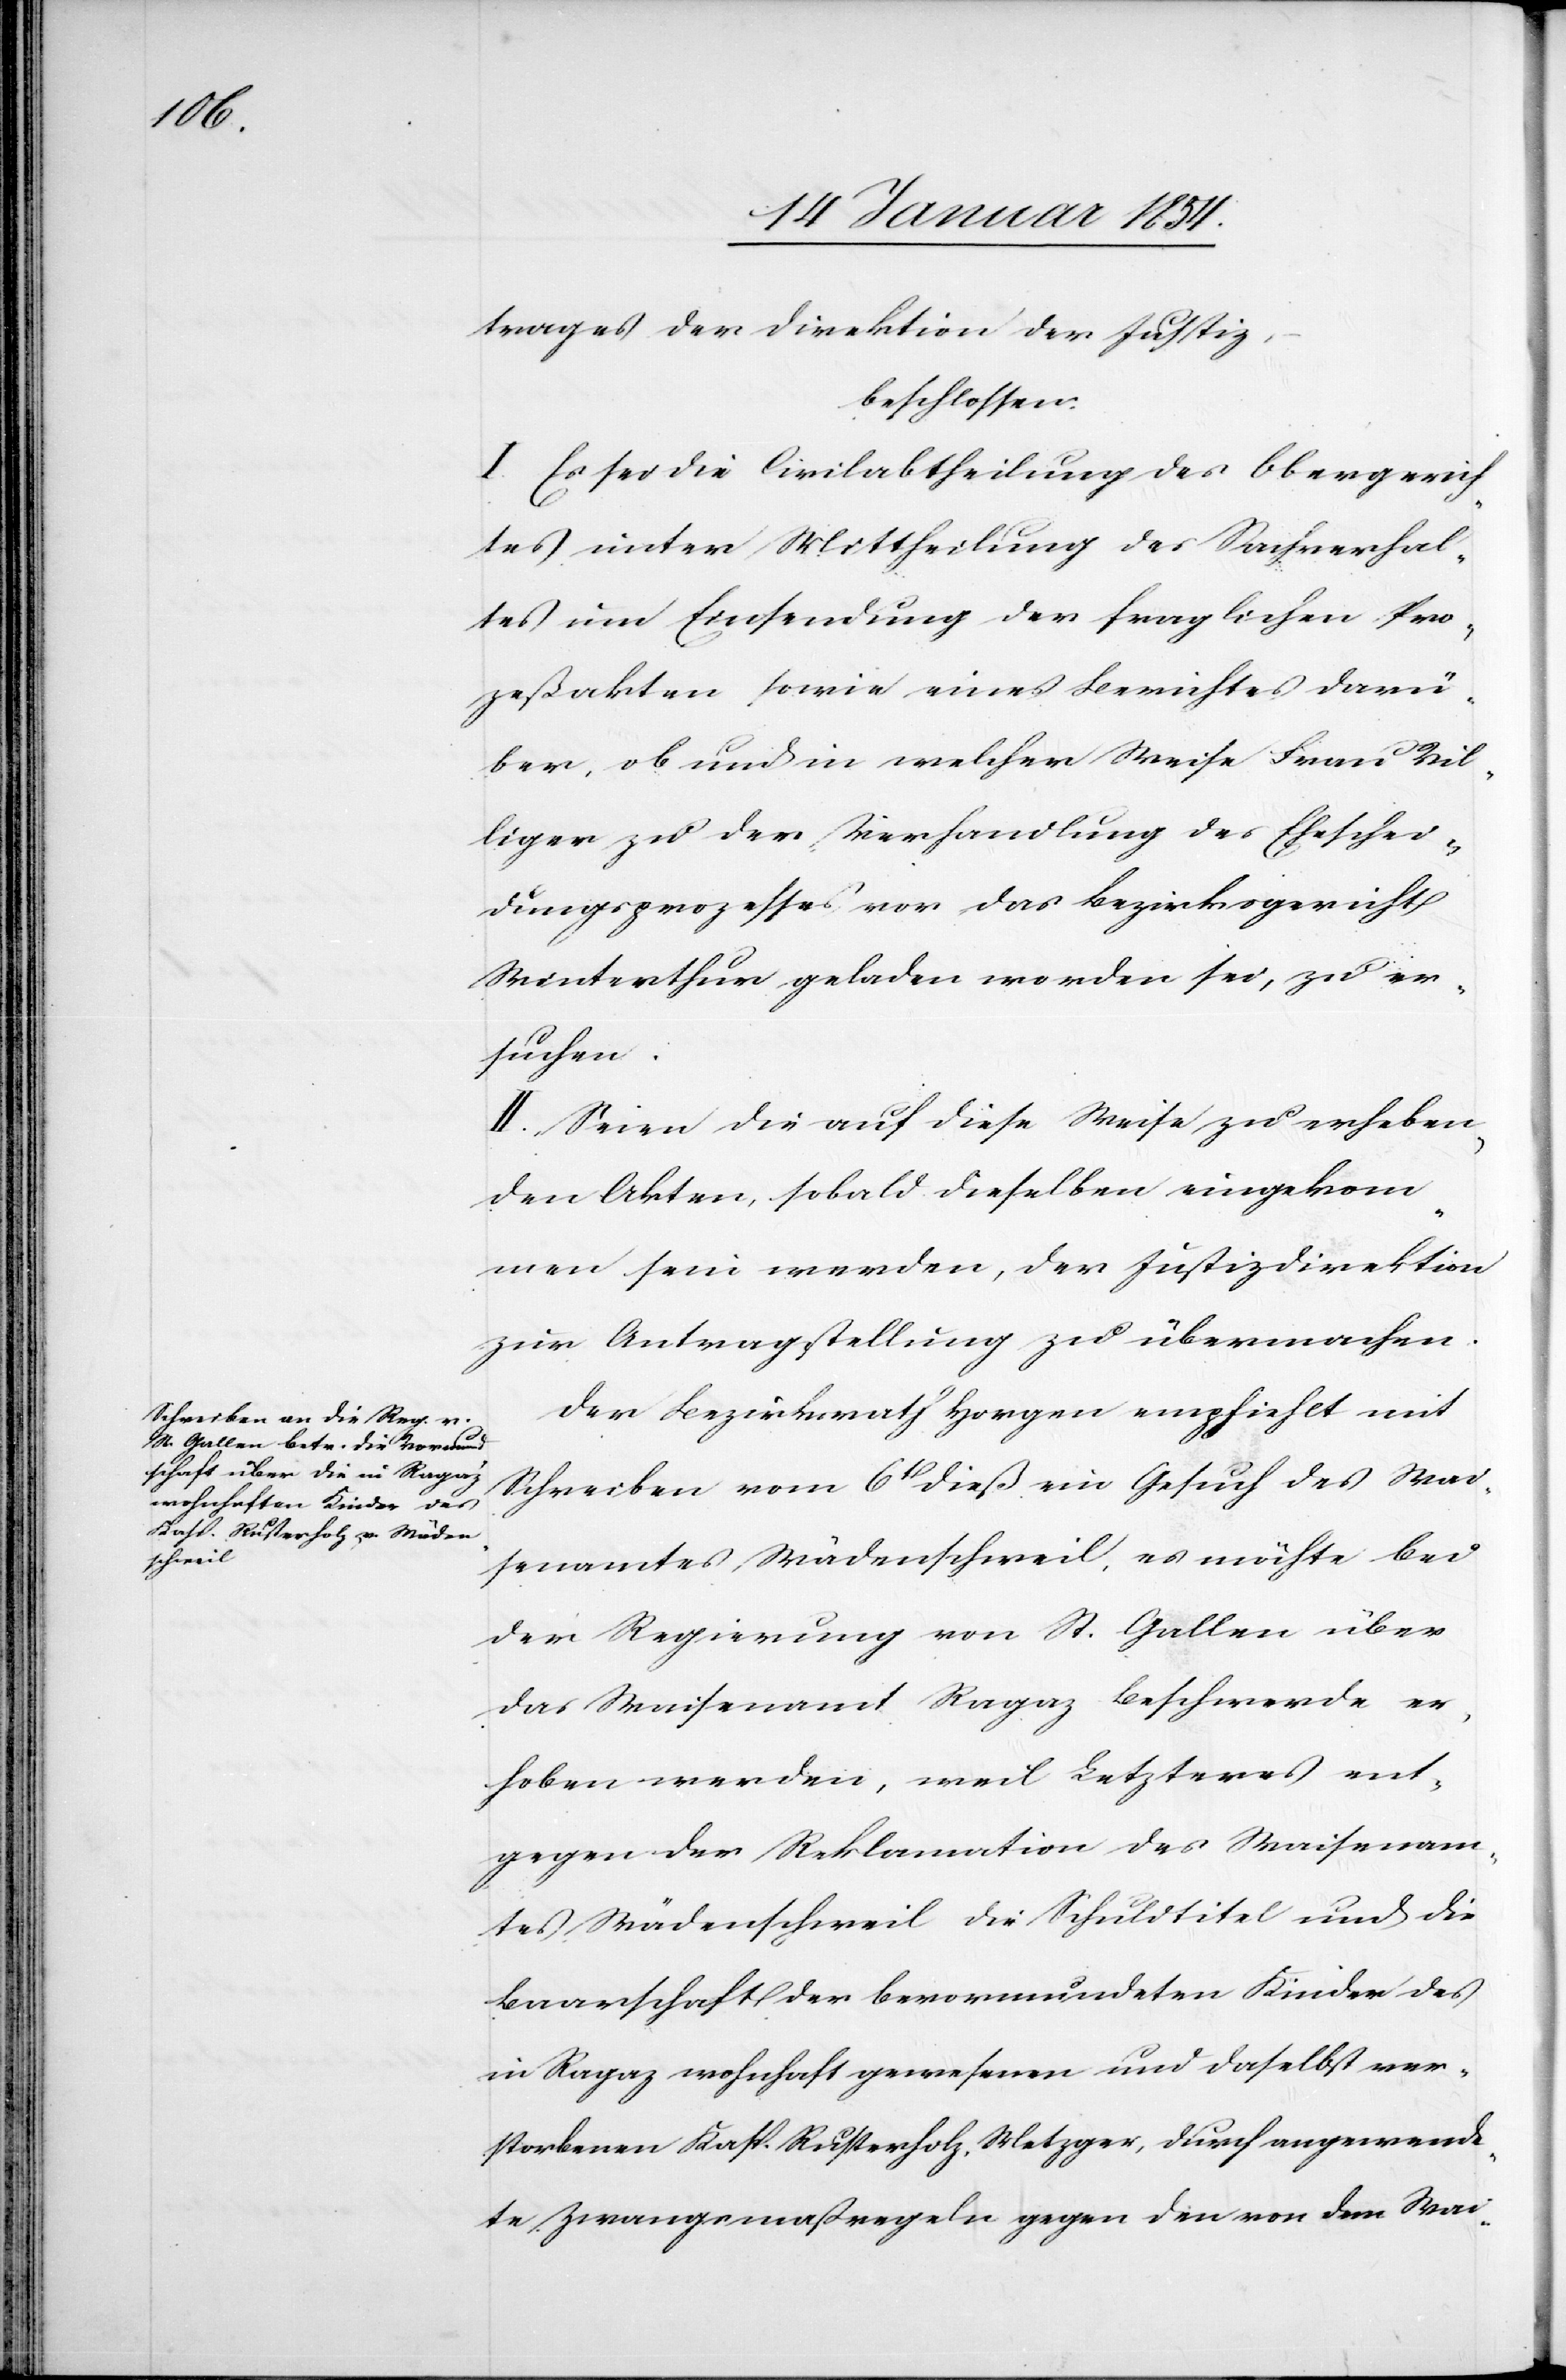
trages der Direktion der Justiz,
beschlossen:
I. Es sei die Civilabtheilung des Obergerich¬
tes unter Mittheilung des Sachverhal¬
tes um Einsendung der fraglichen Pro¬
zeßakten sowie eines Berichtes darü¬
ber, ob und in welcher Weise Frau Vil¬
liger zu der Verhandlung des Eheschei¬
dungsprozesses vor das Bezirksgericht
Winterthur geladen worden sei, zu er¬
suchen.
II. Seien die auf diese Weise zu erheben¬
den Akten sobald dieselben eingekom¬
men sein werden, der Justizdirektion
zur Antragsstellung zu übermachen.
Der Bezirksrath Horgen empfiehlt mit
Schreiben vom 6t dieß ein Gesuch des Wai¬
senamtes Wädenschweil, es möchte bei
der Regierung von St. Gallen über
das Waisenamt Ragaz Beschwerde er¬
hoben werden, weil Letzteres ent¬
gegen der Reklamation des Waisenam¬
tes Wädenschweil die Schuldtitel und die
Baarschaft der bevormundeten Kinder des
in Ragaz wohnhaft gewesenen und daselbst ver¬
storbenen Kasp. Rusterholz, Metzger, durch angewende¬
te Zwangsmaßregeln gegen die von dem Wai-